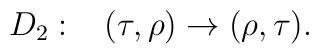
D_2:\;\;\; (\tau, \rho)\to(\rho, \tau).